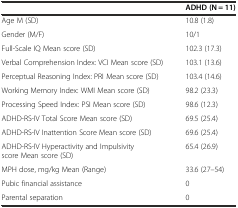
|  | ADHD (N = 11) |
 | --- | --- |
 | Age M (SD) | 10.8 (1.8) |
 | Gender (M/F) | 10/1 |
 | Full-Scale IQ Mean score (SD) | 102.3 (17.3) |
 | Verbal Comprehension Index: VCI Mean score (SD) | 103.1 (13.6) |
 | Perceptual Reasoning Index: PRI Mean score (SD) | 103.4 (14.6) |
 | Working Memory Index: WMI Mean score (SD) | 98.2 (23.3) |
 | Processing Speed Index: PSI Mean score (SD) | 98.6 (12.3) |
 | ADHD-RS-IV Total Score Mean score (SD) | 69.5 (25.4) |
 | ADHD-RS-IV Inattention Score Mean score (SD) | 69.6 (25.4) |
 | ADHD-RS-IV Hyperactivity and Impulsivity score Mean score (SD) | 65.4 (26.9) |
 | MPH dose, mg/kg Mean (Range) | 33.6 (27–54) |
 | Pubic financial assistance | 0 |
 | Parental separation | 0 |